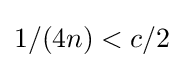
1/(4n)<c/2